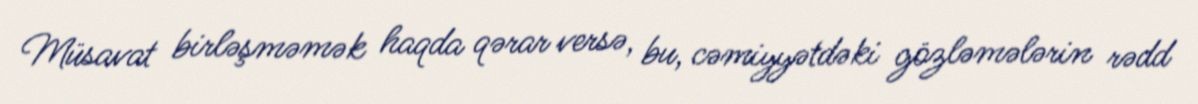
Müsavat birləşməmək haqda qərar versə, bu, cəmiyyətdəki gözləmələrin rədd